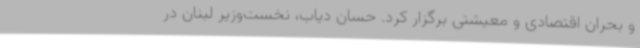
و بحران اقتصادی و معیشتی برگزار کرد. حسان دیاب، نخست‌وزیر لبنان در